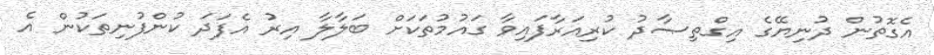
އެގޮތުން ދުނިޔޭގެ އިގްތިޞާދު ކުރިއަރާފައިވާ ގައުމުތަކަށް ބަލާލާ އިރު އެފަދަ ކުންފުނިތަކުން އެ